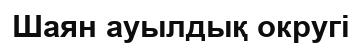
Шаян ауылдық округі